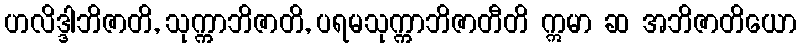
ဟလိဒ္ဒါဘိဇာတိ, သုက္ကာဘိဇာတိ, ပရမသုက္ကာဘိဇာတီတိ ဣမာ ဆ အဘိဇာတိယော